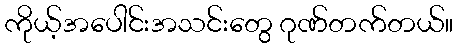
ကိုယ့်အပေါင်းအသင်းတွေ ဂုဏ်တက်တယ်။